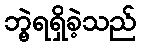
ဘွဲ့ရရှိခဲ့သည်